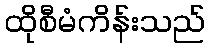
ထိုစီမံကိန်းသည်